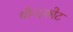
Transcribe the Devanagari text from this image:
चौन्दकोट